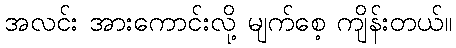
အလင်း အားကောင်းလို့ မျက်စေ့ ကျိန်းတယ်။